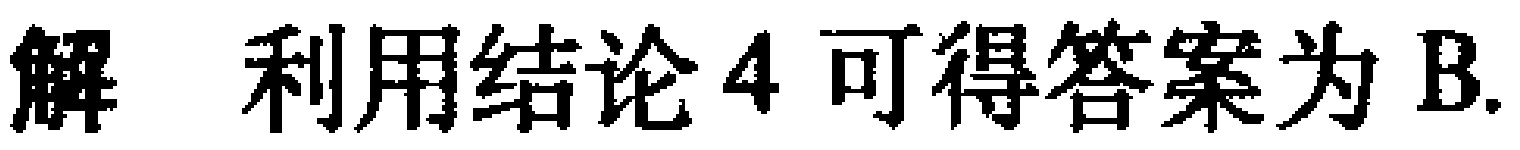
解 利用结论4可得答案为B.